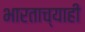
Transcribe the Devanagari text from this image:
भारताच्याही